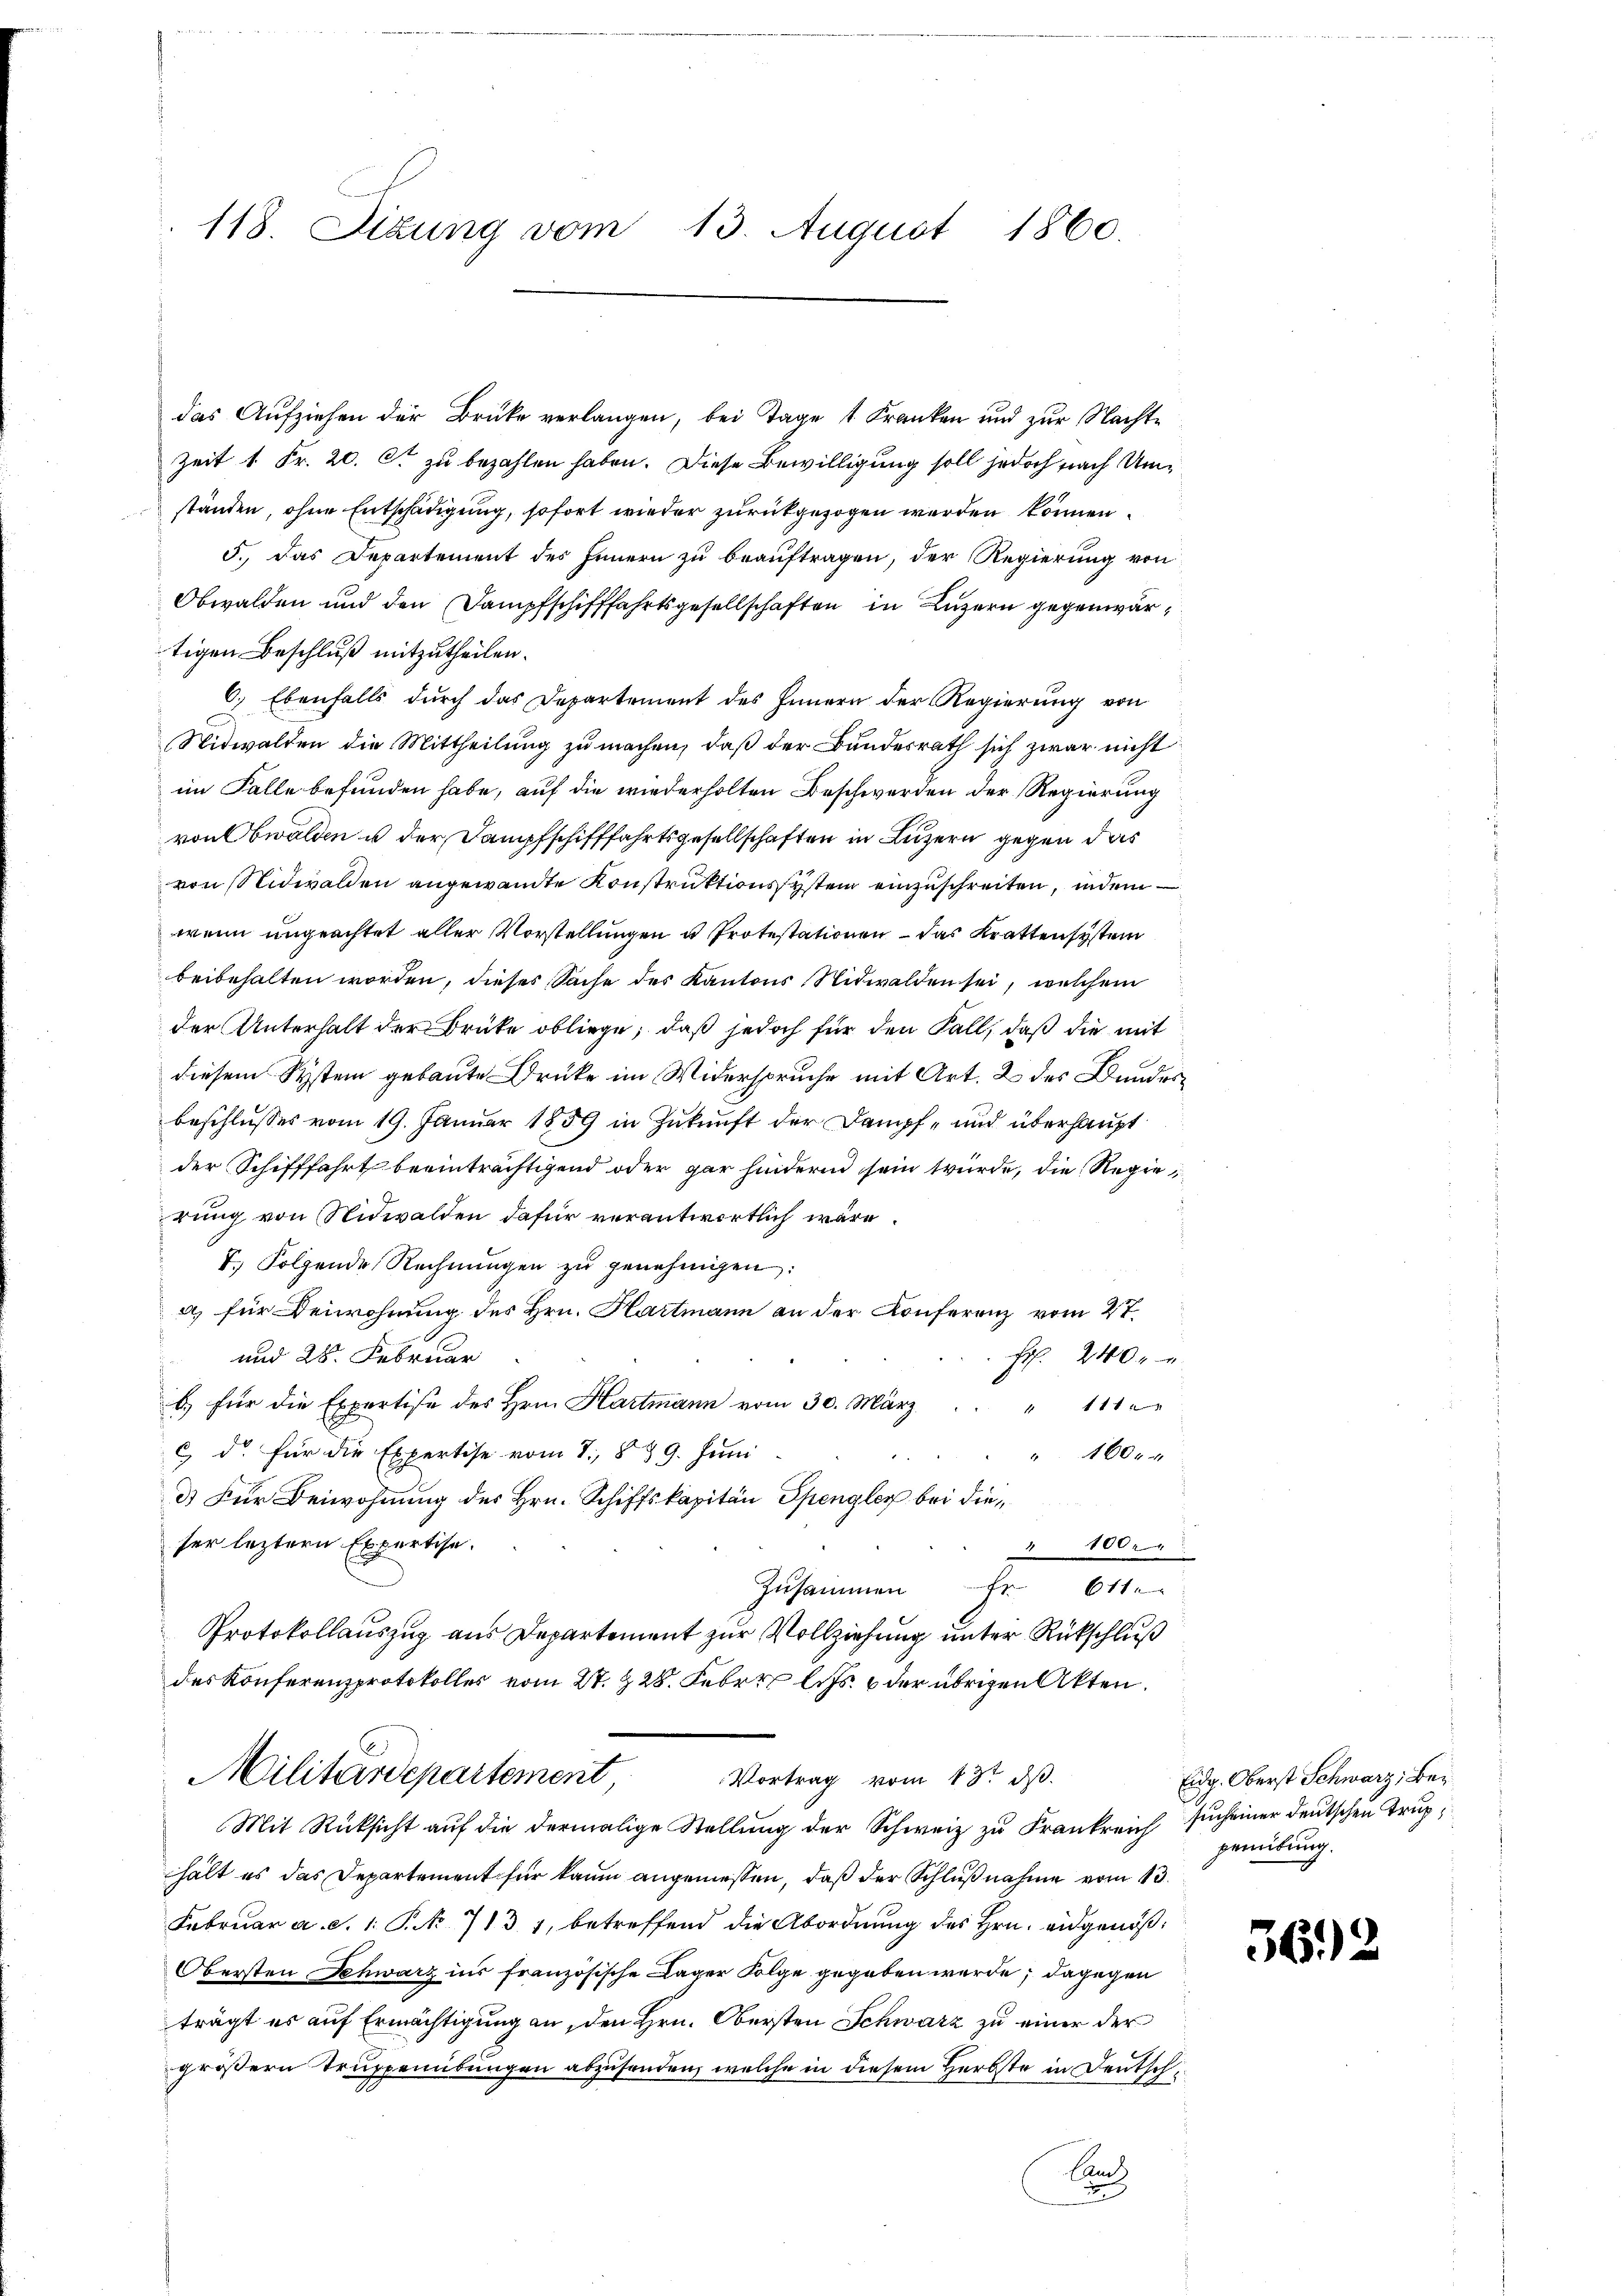
118. Sizung vom 13. August 1860.

das Aufziehen der Brüke verlangen, bei Tage 1 Kranken und zur Nachte
Zeit 1 Fr. 20. Ct. zu bezahlen haben. Diese Bewilligung soll jedoch nach Umständen, ohne Entschädigung, sofort wieder zurückgezogen werden können.
5. Das Departement des Innern zu beauftragen, der Regierung von
Obwalden und den Dampfschifffahrtsgesellschaften in Luzern gegenwärtigen Beschluß mitzutheilen.
6.) Ebenfalls durch das Departement des Innern der Regierung von
d
Nidwalden die Mittheilung zu machen, daß der Bundesrath sich zwar nicht
im Falle befunden habe, auf die wiederholten Beschwerden der Regierung
von Obwalden u der Dampfschifffahrtsgesellschaften in Luzern gegen das
von Nidwalden angewandte Konstruktionssystem einzuschreiten, indem
wenn ungeachtet aller Vorstellungen u Protestationen – das Kratten system
beibehalten worden, dieses Sache des Kantons Nidwalden sei, welchem
der Unterhalt der Brüke obliege, daß jedoch für den Fall, daß die mit
diesem System gebaute Drücke im Widerspruche mit Art. 2 des Bundesbeschlusses vom 19. Januar 1859 in Zukunft der Dampf- und überhaupt
der Schifffahrt beeinträchtigend oder gar hindern sein würde, die Regierung von Nidwalden dafür verantwortlich wäre.
k. Folgende Rechnŭngen zŭ genehmigen:
a) für Beiwohnung des Hrn. Hartmann an der Konferenz vom 27.
und 28. Februar
Fr. 2400
b) für die Expertise des Hrn. Hartmann vom 30. März.
 11 f 0 x
c d für die Expertise vom 7. 899. Juni
460 x
3) Für Beiwohnung des Hrn. Schiffskapitän Spengler bei dieser leztern Expertise.
100.
Zusammen fr. 611.
Protokollauszug aus Departement zur Vollziehung unter Rückschluß
des Konferenzprotokolles vom 27. Z. 28. Febr. l. Js. & der übrigen Akten.
C
Militärdepartement
Vortrag vom 13t ds.
Mit Rücksicht auf die dermalige Stellung der Schweiz zu Frankreich such einer deutschen Truphält es das Departement für kaum angeniessen, daß der Schlußnahme vom 13.
Februar a. c. 1. P. Nr. 713 1, betreffend die Abordnung des Hrn. eidgenöß¬
Obersten Schwarz ins französische Lager Folge gegeben werde; dagegen
trägt es auf Ermächtigung an, den Hrn. Obersten Schwarz zu einer der
größern Truppenübungen abzusenden, welche in diesem Herbste in Deutsch¬
Canz

d

Eidg. Oberst Schwarz, Beperübung.

362